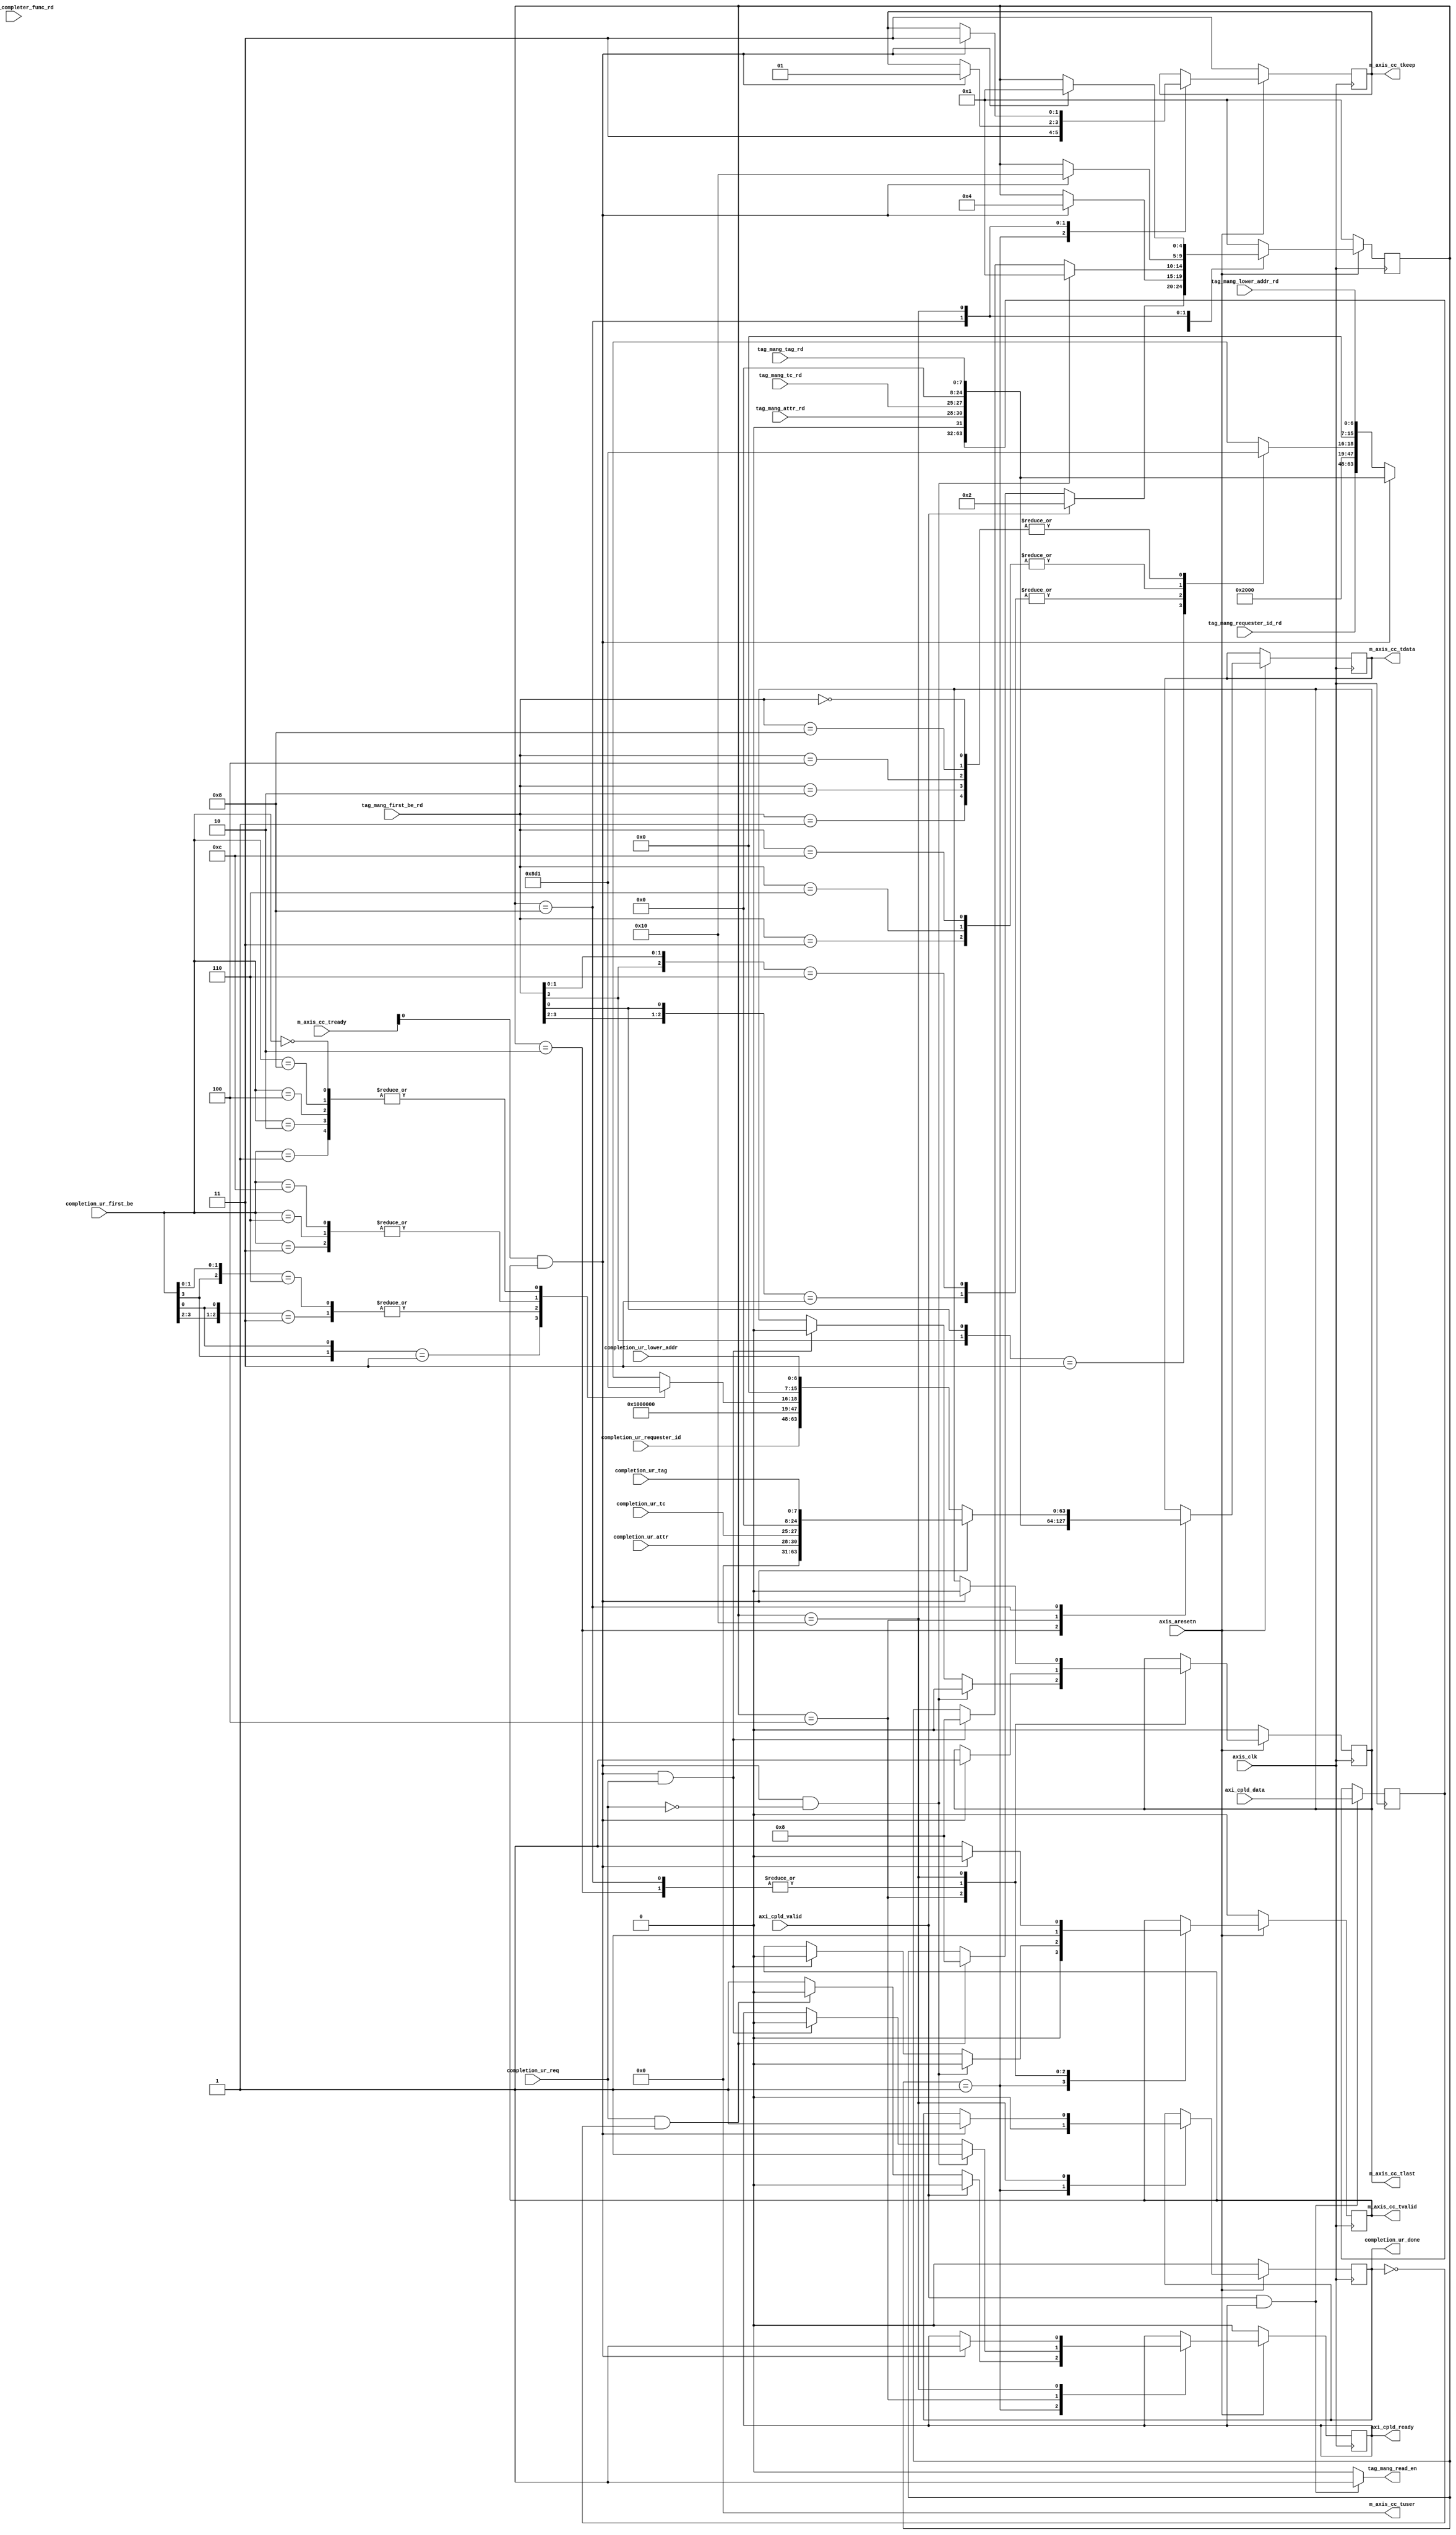
`timescale 1ns / 1ps
//////////////////////////////////////////////////////////////////////////////////
// Company: 
// Engineer: 
// 
// Design Name: 
// Module Name: maxis_controller
// Project Name: 
// Target Devices: 
// Tool Versions: 
// Description: 
// 
// Dependencies: 
// 
// Revision:
// Revision 0.01 - File Created
// Additional Comments:
// 
//////////////////////////////////////////////////////////////////////////////////


module maxis_controller # (
  parameter TCQ                         = 1,   
  parameter M_AXIS_TDATA_WIDTH          = 64,
  parameter OUTSTANDING_READS           = 5 
 ) (
 
  input                                 axis_clk,
  input                                 axis_aresetn,
  
  output  [M_AXIS_TDATA_WIDTH-1:0]      m_axis_cc_tdata,
  output  [32:0]                        m_axis_cc_tuser,
  output                                m_axis_cc_tlast,
  output  [M_AXIS_TDATA_WIDTH/32-1:0]   m_axis_cc_tkeep,
  output                                m_axis_cc_tvalid,
  input   [3:0]                         m_axis_cc_tready,

  input                                 axi_cpld_valid,
  output                                axi_cpld_ready,
  input [31:0]                          axi_cpld_data, 
                             
  output                                tag_mang_read_en,         
                                  
  input [2:0]                           tag_mang_tc_rd,  
  input [2:0]                           tag_mang_attr_rd,  
  input [15:0]                          tag_mang_requester_id_rd,  
  input [6:0]                           tag_mang_lower_addr_rd,    
  input                                 tag_mang_completer_func_rd, 
  input [7:0]                           tag_mang_tag_rd,            
  input [3:0]                           tag_mang_first_be_rd,
  
  input                                 completion_ur_req,
  input [7:0]                           completion_ur_tag,
  input [6:0]                           completion_ur_lower_addr,
  input [3:0]                           completion_ur_first_be,
  input [15:0]                          completion_ur_requester_id,
  input [2:0]                           completion_ur_tc,
  input [2:0]                           completion_ur_attr,
  output reg                            completion_ur_done
  
  );
  
  localparam IDLE             = 5'b00001;
  localparam TLP_BEAT1_64     = 5'b00010;
  localparam TLP_BEAT1_128    = 5'b00010;
  localparam TLP_BEAT1_256    = 5'b00010;
  localparam TLP_BEAT2_64     = 5'b00100; 
  localparam TLP_BEAT1_UR_64  = 5'b01000; 
  localparam TLP_BEAT1_UR_128 = 5'b01000; 
  localparam TLP_BEAT1_UR_256 = 5'b01000; 
  localparam TLP_BEAT2_UR_64  = 5'b10000; 
  
  reg [4:0] maxis_sm;
  
  reg [2:0]                      tag_mang_byte_count;
  reg [2:0]                      completion_ur_byte_count;
  reg [OUTSTANDING_READS-1:0]    tag_mang_read_id_r;
  reg                            axi_cpld_ready_r;
  reg                            tag_mang_read_en_r;
  reg [31:0]                     axi_cpld_data_r;

  reg                               m_axis_cc_tvalid_r;
  reg                               m_axis_cc_tlast_r;
  reg [M_AXIS_TDATA_WIDTH-1:0]      m_axis_cc_tdata_r;
  reg [M_AXIS_TDATA_WIDTH/32-1:0]   m_axis_cc_tkeep_r;
  
  wire [31:0] dw1_header_32;
  wire [31:0] dw2_header_32;
  wire [31:0] dw3_header_32;
  wire [31:0] dw1_header_32_ur;
  wire [31:0] dw2_header_32_ur;
  wire [31:0] dw3_header_32_ur;
  
  generate
     if ( M_AXIS_TDATA_WIDTH == 64 ) begin: M_AXIS_TDATA_WIDTH_64  
  
  always @(posedge axis_clk)
     if (!axis_aresetn) begin
        maxis_sm            <= #TCQ IDLE; 
        axi_cpld_ready_r    <= #TCQ 1'b0;        
        m_axis_cc_tvalid_r  <= #TCQ 1'b0;        
        m_axis_cc_tlast_r   <= #TCQ 1'b0; 
        m_axis_cc_tkeep_r   <= #TCQ 2'h3; 
        completion_ur_done <=  #TCQ 1'b0;      
     end
     else
        case (maxis_sm)
           IDLE : begin
             if ( axi_cpld_valid  ) begin
               axi_cpld_ready_r <= #TCQ 1'b0; 
               maxis_sm         <= #TCQ TLP_BEAT1_64;              
             end else if ( completion_ur_req & ~completion_ur_done ) begin
               maxis_sm         <= #TCQ TLP_BEAT1_UR_64;
               axi_cpld_ready_r <= #TCQ 1'b0;
             end else begin
               axi_cpld_ready_r   <= #TCQ 1'b1;
             end            
             m_axis_cc_tvalid_r <= #TCQ 1'b0;
             completion_ur_done <= #TCQ 1'b0;
             m_axis_cc_tkeep_r  <= #TCQ 2'h3;
           end
           TLP_BEAT1_64 : begin
             if ( (m_axis_cc_tready[0] == 1'b1 ) & m_axis_cc_tvalid ) begin
               maxis_sm           <= #TCQ TLP_BEAT2_64;
               m_axis_cc_tdata_r  <= #TCQ { axi_cpld_data_r, dw3_header_32 };
               m_axis_cc_tlast_r  <= #TCQ 1'b1;
             end else begin 
               m_axis_cc_tdata_r  <= #TCQ { dw2_header_32, dw1_header_32 }; 
             end
             m_axis_cc_tvalid_r <= #TCQ 1'b1;                         
           end
           TLP_BEAT2_64 : begin
             if ( (m_axis_cc_tready[0] == 1'b1 ) & m_axis_cc_tvalid & !completion_ur_req ) begin
               maxis_sm           <= #TCQ IDLE; 
               m_axis_cc_tvalid_r <= #TCQ 1'b0;  
               m_axis_cc_tlast_r  <= #TCQ 1'b0; 
               axi_cpld_ready_r   <= #TCQ 1'b1;           
             end else if ( (m_axis_cc_tready[0] == 1'b1 ) & m_axis_cc_tvalid & completion_ur_req ) begin
               maxis_sm           <= #TCQ TLP_BEAT1_UR_64;
               axi_cpld_ready_r   <= #TCQ 1'b0;
               m_axis_cc_tvalid_r <= #TCQ 1'b0;  
               m_axis_cc_tlast_r  <= #TCQ 1'b0;                
             end
             m_axis_cc_tdata_r  <= #TCQ { axi_cpld_data_r, dw3_header_32 }; 
           end
           TLP_BEAT1_UR_64 : begin
             if ( (m_axis_cc_tready[0] == 1'b1 ) & m_axis_cc_tvalid ) begin
               maxis_sm           <= #TCQ TLP_BEAT2_UR_64;
               m_axis_cc_tdata_r  <= #TCQ { 32'd0, dw3_header_32_ur };
               m_axis_cc_tlast_r  <= #TCQ 1'b1;
               m_axis_cc_tkeep_r  <= #TCQ 2'h1;
             end else begin 
               m_axis_cc_tdata_r  <= #TCQ { dw2_header_32_ur, dw1_header_32_ur }; 
             end
             m_axis_cc_tvalid_r   <= #TCQ 1'b1;
           end
           TLP_BEAT2_UR_64 : begin
             if ( (m_axis_cc_tready[0] == 1'b1 ) & m_axis_cc_tvalid ) begin
               maxis_sm           <= #TCQ IDLE; 
               m_axis_cc_tvalid_r <= #TCQ 1'b0;  
               m_axis_cc_tlast_r  <= #TCQ 1'b0; 
               axi_cpld_ready_r   <= #TCQ 1'b1;
               completion_ur_done <= #TCQ 1'b1; 
               m_axis_cc_tkeep_r  <= #TCQ 2'h3;          
             end else begin            
               m_axis_cc_tvalid_r <= #TCQ 1'b1; 
             end                         
           end          
           default: begin  // Fault Recovery
              maxis_sm <= #TCQ IDLE;
           end
        endcase  
        
    end else if (M_AXIS_TDATA_WIDTH == 128) begin: M_AXIS_TDATA_WIDTH_128
    
    always @(posedge axis_clk)
       if (!axis_aresetn) begin
          maxis_sm            <= #TCQ IDLE; 
          axi_cpld_ready_r    <= #TCQ 1'b0;        
          m_axis_cc_tvalid_r  <= #TCQ 1'b0;        
          m_axis_cc_tlast_r   <= #TCQ 1'b0; 
          m_axis_cc_tkeep_r   <= #TCQ 4'hF;    
          completion_ur_done <= #TCQ 1'b0;   
       end
       else
          case (maxis_sm)
             IDLE : begin
               if ( axi_cpld_valid  ) begin
                 axi_cpld_ready_r <= #TCQ 1'b0; 
                 maxis_sm         <= #TCQ TLP_BEAT1_128;   
                 m_axis_cc_tkeep_r   <= #TCQ 4'hF;           
               end else if ( completion_ur_req & ~completion_ur_done ) begin
                 axi_cpld_ready_r <= #TCQ 1'b0; 
                 maxis_sm         <= #TCQ TLP_BEAT1_UR_128;
                 m_axis_cc_tkeep_r   <= #TCQ 4'h7; //no payload for UR Completion              
               end else begin
                 axi_cpld_ready_r   <= #TCQ 1'b1;
               end            
               m_axis_cc_tvalid_r  <= #TCQ 1'b0; 
               completion_ur_done  <= #TCQ 1'b0;              
             end
             TLP_BEAT1_128 : begin
               if ( (m_axis_cc_tready[0] == 1'b1 ) & m_axis_cc_tvalid & completion_ur_req ) begin 
                 maxis_sm           <= #TCQ TLP_BEAT1_UR_128;                
                 m_axis_cc_tlast_r  <= #TCQ 1'b0;
                 m_axis_cc_tvalid_r <= #TCQ 1'b0;  
                 m_axis_cc_tkeep_r   <= #TCQ 4'h7;  //no payload for UR Completion             
               end else if ( (m_axis_cc_tready[0] == 1'b1 ) & m_axis_cc_tvalid ) begin
                 maxis_sm           <= #TCQ IDLE;                
                 m_axis_cc_tlast_r  <= #TCQ 1'b0;
                 m_axis_cc_tvalid_r <= #TCQ 1'b0; 
               end else begin 
                 m_axis_cc_tlast_r  <= #TCQ 1'b1;
                 m_axis_cc_tvalid_r <= #TCQ 1'b1;   
               end               
                 m_axis_cc_tdata_r  <= #TCQ { axi_cpld_data_r, dw3_header_32, dw2_header_32, dw1_header_32 };                       
             end
             TLP_BEAT1_UR_128 : begin
               if ( (m_axis_cc_tready[0] == 1'b1 ) & m_axis_cc_tvalid ) begin
                 maxis_sm           <= #TCQ IDLE;                
                 m_axis_cc_tlast_r  <= #TCQ 1'b0;
                 m_axis_cc_tvalid_r <= #TCQ 1'b0; 
                 completion_ur_done <=  #TCQ 1'b1;
               end else begin 
                 m_axis_cc_tlast_r  <= #TCQ 1'b1;
                 m_axis_cc_tvalid_r <= #TCQ 1'b1;   
               end               
                 m_axis_cc_tdata_r  <= #TCQ { 32'd0, dw3_header_32_ur, dw2_header_32_ur, dw1_header_32_ur };                       
             end
             default: begin  // Fault Recovery
                maxis_sm <= #TCQ IDLE;
             end
          endcase      
      
    end else if (M_AXIS_TDATA_WIDTH == 256) begin: M_AXIS_TDATA_WIDTH_256
     
      always @(posedge axis_clk)
         if (!axis_aresetn) begin
            maxis_sm            <= #TCQ IDLE; 
            axi_cpld_ready_r    <= #TCQ 1'b0;        
            m_axis_cc_tvalid_r  <= #TCQ 1'b0;        
            m_axis_cc_tlast_r   <= #TCQ 1'b0;        
            m_axis_cc_tkeep_r   <= #TCQ 8'h0F; 
            completion_ur_done <=  #TCQ 1'b0;      
         end
         else
            case (maxis_sm)
              IDLE : begin
                if ( axi_cpld_valid ) begin
                  axi_cpld_ready_r <= #TCQ 1'b0; 
                  maxis_sm         <= #TCQ TLP_BEAT1_256;  
                  m_axis_cc_tkeep_r   <= #TCQ 8'h0F; 
                 
                end else if ( completion_ur_req & ~completion_ur_done ) begin
                  axi_cpld_ready_r <= #TCQ 1'b0; 
                  maxis_sm         <= #TCQ TLP_BEAT1_UR_256;  
                  m_axis_cc_tkeep_r   <= #TCQ 8'h07;                                                  
                end else begin
                  axi_cpld_ready_r   <= #TCQ 1'b1;
                end            
                m_axis_cc_tvalid_r <= #TCQ 1'b0; 
                completion_ur_done  <= #TCQ 1'b0;
             end
             TLP_BEAT1_256 : begin
               if ( (m_axis_cc_tready[0] == 1'b1 ) & m_axis_cc_tvalid & completion_ur_req ) begin
                 maxis_sm           <= #TCQ TLP_BEAT1_UR_256;                
                 m_axis_cc_tlast_r  <= #TCQ 1'b0;
                 m_axis_cc_tvalid_r <= #TCQ 1'b0; 
                 m_axis_cc_tkeep_r   <= #TCQ 8'h07;               
               end else if ( (m_axis_cc_tready[0] == 1'b1 ) & m_axis_cc_tvalid ) begin
                 maxis_sm           <= #TCQ IDLE;                
                 m_axis_cc_tlast_r  <= #TCQ 1'b0;
                 m_axis_cc_tvalid_r <= #TCQ 1'b0; 
               end else begin 
                 m_axis_cc_tlast_r  <= #TCQ 1'b1;
                 m_axis_cc_tvalid_r <= #TCQ 1'b1;   
               end               
                 m_axis_cc_tdata_r  <= #TCQ { axi_cpld_data_r, dw3_header_32, dw2_header_32, dw1_header_32 };                       
             end
             TLP_BEAT1_UR_256 : begin
               if ( (m_axis_cc_tready[0] == 1'b1 ) & m_axis_cc_tvalid ) begin
                 maxis_sm           <= #TCQ IDLE;                
                 m_axis_cc_tlast_r  <= #TCQ 1'b0;
                 m_axis_cc_tvalid_r <= #TCQ 1'b0; 
                 completion_ur_done <=  #TCQ 1'b1;
               end else begin 
                 m_axis_cc_tlast_r  <= #TCQ 1'b1;
                 m_axis_cc_tvalid_r <= #TCQ 1'b1;   
               end               
                 m_axis_cc_tdata_r  <= #TCQ { 32'd0, dw3_header_32_ur, dw2_header_32_ur, dw1_header_32_ur };                       
             end
             default: begin  // Fault Recovery
                maxis_sm <= #TCQ IDLE;
             end
           endcase        
      end
  endgenerate  

  
  always @(posedge axis_clk) begin  
    if (axi_cpld_valid & axi_cpld_ready) begin
      axi_cpld_data_r      <= #TCQ axi_cpld_data;
    end 
  end
  
  assign tag_mang_read_en = (axi_cpld_valid & axi_cpld_ready) ? 1'b1 : 1'b0;
  
  always @( tag_mang_first_be_rd )    
     casex ( tag_mang_first_be_rd )
        4'b1xx1: tag_mang_byte_count <= 3'b100;
        4'b01x1: tag_mang_byte_count <= 3'b011;
        4'b1x10: tag_mang_byte_count <= 3'b011;
        4'b0011: tag_mang_byte_count <= 3'b010;
        4'b0110: tag_mang_byte_count <= 3'b010;
        4'b1100: tag_mang_byte_count <= 3'b010;
        4'b0001: tag_mang_byte_count <= 3'b001;
        4'b0010: tag_mang_byte_count <= 3'b001;
        4'b0100: tag_mang_byte_count <= 3'b001;
        4'b1000: tag_mang_byte_count <= 3'b001;
        4'b0000: tag_mang_byte_count <= 3'b001;
        default: tag_mang_byte_count <= 3'b000;
     endcase   

  always @( completion_ur_first_be )    
     casex ( completion_ur_first_be )
        4'b1xx1: completion_ur_byte_count <= 3'b100;
        4'b01x1: completion_ur_byte_count <= 3'b011;
        4'b1x10: completion_ur_byte_count <= 3'b011;
        4'b0011: completion_ur_byte_count <= 3'b010;
        4'b0110: completion_ur_byte_count <= 3'b010;
        4'b1100: completion_ur_byte_count <= 3'b010;
        4'b0001: completion_ur_byte_count <= 3'b001;
        4'b0010: completion_ur_byte_count <= 3'b001;
        4'b0100: completion_ur_byte_count <= 3'b001;
        4'b1000: completion_ur_byte_count <= 3'b001;
        4'b0000: completion_ur_byte_count <= 3'b001;
        default: completion_ur_byte_count <= 3'b000;
     endcase 
  
  assign tag_mang_read_id        = tag_mang_read_id_r;
  assign axi_cpld_ready          = axi_cpld_ready_r;
//  assign tag_mang_read_en          = tag_mang_read_en_r;

  assign dw1_header_32           = { 13'd0 ,tag_mang_byte_count, 9'd0, tag_mang_lower_addr_rd };
  assign dw2_header_32           = { tag_mang_requester_id_rd, 16'd1 };
  assign dw3_header_32           = { 1'b0, tag_mang_attr_rd, tag_mang_tc_rd, 1'd0, 16'd0, tag_mang_tag_rd };

  assign dw1_header_32_ur           = { 13'd0 ,completion_ur_byte_count, 9'd0, completion_ur_lower_addr };
  assign dw2_header_32_ur           = { completion_ur_requester_id, 5'd1 ,11'd0 }; //Sets the UR bit
  assign dw3_header_32_ur           = { 1'b0, completion_ur_attr, completion_ur_tc, 1'd0, 16'd0, completion_ur_tag };
  
  assign m_axis_cc_tuser         = 32'd0;
  assign m_axis_cc_tkeep         = m_axis_cc_tkeep_r;
  assign m_axis_cc_tlast         = m_axis_cc_tlast_r;
  assign m_axis_cc_tdata         = m_axis_cc_tdata_r;
  assign m_axis_cc_tvalid        = m_axis_cc_tvalid_r;
  
endmodule